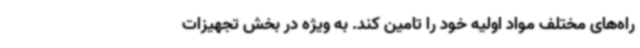
راه‌های مختلف مواد اولیه خود را تامین کند. به ویژه در بخش تجهیزات